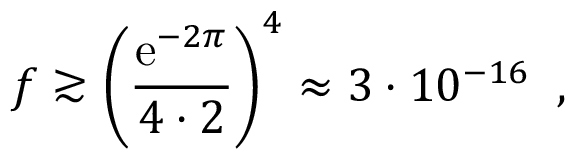
f \gtrsim \left( \frac { \mathrm { e } ^ { - 2 \pi } } { 4 \cdot 2 } \right) ^ { 4 } \approx 3 \cdot 1 0 ^ { - 1 6 } \; \; ,